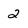
Character: 2